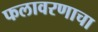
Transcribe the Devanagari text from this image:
फलावरणाचा